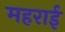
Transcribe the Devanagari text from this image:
महराई